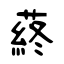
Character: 蔠